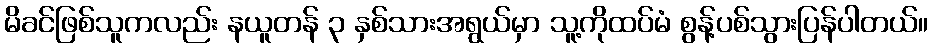
မိခင်ဖြစ်သူကလည်း နယူတန် ၃ နှစ်သားအရွယ်မှာ သူ့ကိုထပ်မံ စွန့်ပစ်သွားပြန်ပါတယ်။